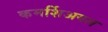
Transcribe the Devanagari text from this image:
कमर्शिअयल